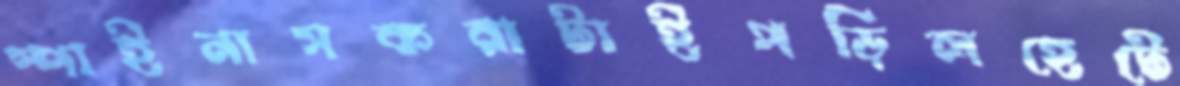
স্পাইনাসকরাটাইপড়িলহেটে